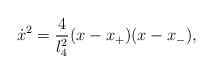
\begin{align*} \dot x^2 =\frac{4}{l_4^2}(x-x_+)(x-x_-),\end{align*}